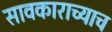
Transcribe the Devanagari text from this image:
सावकाराच्याच